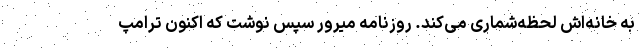
به خانه‌اش لحظه‌شماری می‌کند. روزنامه میرور سپس نوشت که اکنون ترامپ